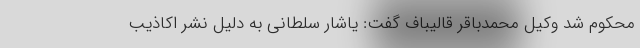
محکوم شد وکیل محمدباقر قالیباف گفت: یاشار سلطانی به دلیل نشر اکاذیب